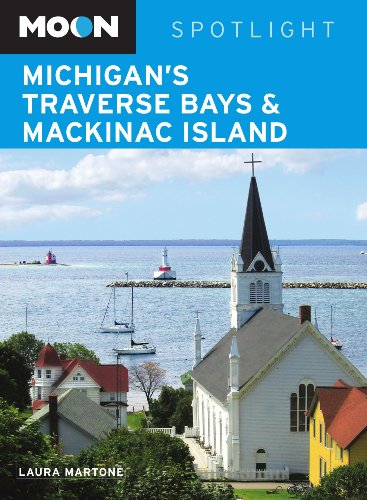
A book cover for Moon Spotlight Michigan's Traverse Bays and Mackinac Island; Laura Martone; Travel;